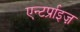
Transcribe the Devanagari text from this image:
एन्टर्प्राइज़